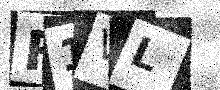
Text: F1VL